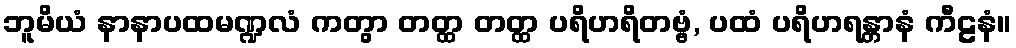
ဘူမိယံ နာနာပထမဏ္ဍလံ ကတွာ တတ္ထ တတ္ထ ပရိဟရိတဗ္ဗံ, ပထံ ပရိဟရန္တာနံ ကီဠနံ။